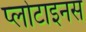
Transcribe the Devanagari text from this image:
प्लोटाइनस